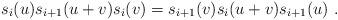
LaTeX: \begin{align*}s_i(u)s_{i+1}(u+v)s_i(v)=s_{i+1}(v)s_i(u+v)s_{i+1}(u)\ . \end{align*}